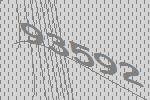
93592